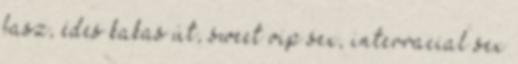
fasz, édes kakas út, sweet vip sex, interracial sex